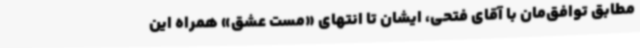
مطابق توافق‌مان با آقای فتحی، ایشان تا انتهای «مست عشق» همراه این